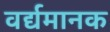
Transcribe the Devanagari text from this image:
वर्द्यमानक